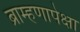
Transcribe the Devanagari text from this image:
ब्राम्हणापेक्षा